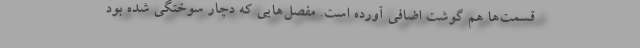
قسمت‌ها هم گوشت اضافی آورده‌ است. مفصل‌هایی که دچار سوختگی شده‌ بود